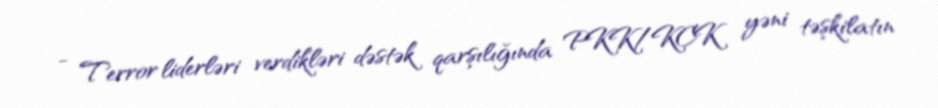
- Terror liderləri verdikləri dəstək qarşılığında PKK/KCK yəni təşkilatın